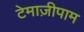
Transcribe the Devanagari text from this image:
टेमाज़ीपाम